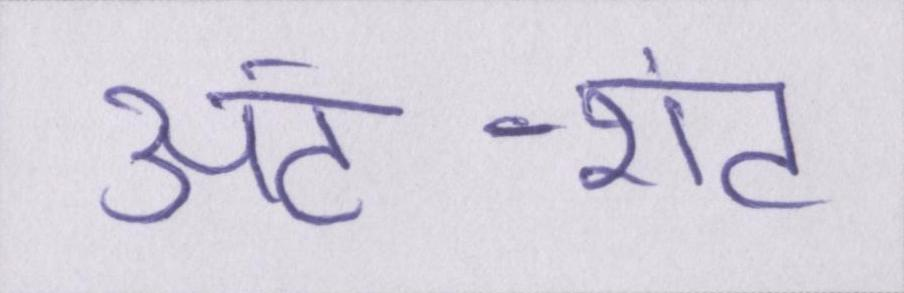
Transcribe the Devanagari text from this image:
अंट-शंट